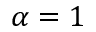
\alpha = 1